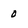
Character: 0